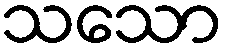
သသော